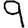
Digit: 9